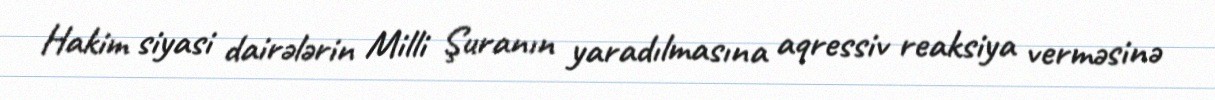
Hakim siyasi dairələrin Milli Şuranın yaradılmasına aqressiv reaksiya verməsinə